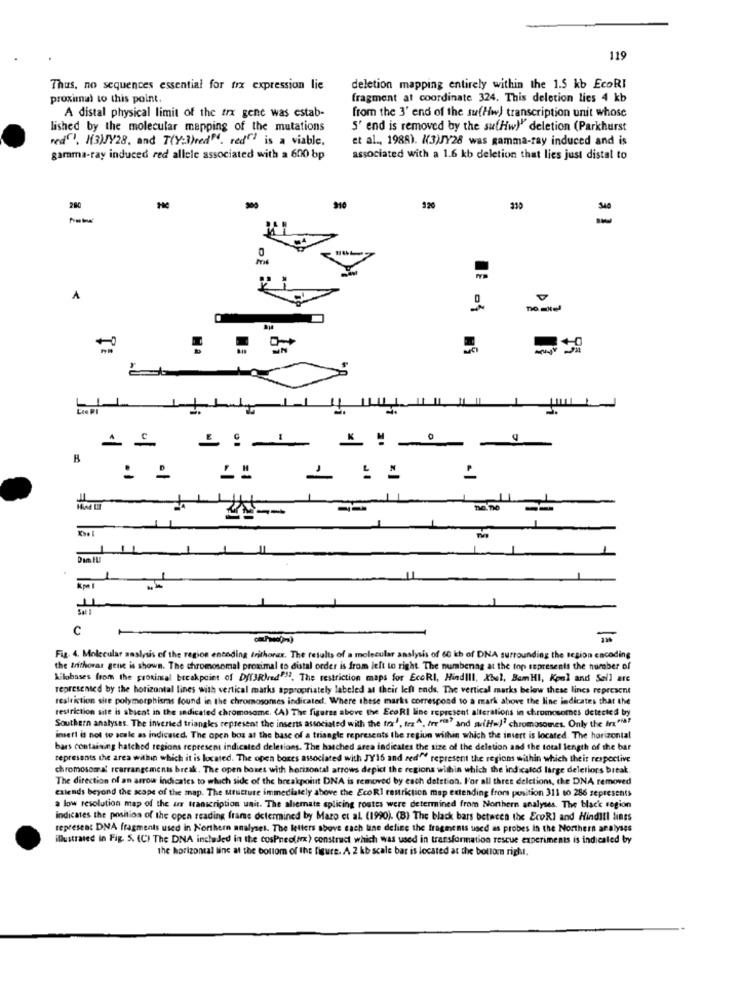
119
Thus, no sequences essential for trx expression lie
deletion mapping entirely within the 1.5 kb EcoRI
proximal to this point.
fragment at coordinate 324. This deletion lies 4 kb
from the 3' end of the su(Hw) transcription unit whose
A distal physical limit of the trx gene was estab-
lished by the molecular mapping of the mutations
5' end is removed by the sufHw)" deletion (Parkhurst
red""', H(3)JY28, and T(Y:3)red". red""" is a viable.
et al ., 1988). K(3)JY28 was gamma-ray induced and is
gamma-ray induced red allele associated with a 600 bp
associated with a 1.6 kb deletion that lies just distal to
280
A
= =
11
C
Fig. 4. Molecular analysis of the region encoding trithorax. The results of a molecular analysis of 60 kb of DNA surrounding the tesion encoding
the trithoras gene is shown. The chromosomal proximal to distal order is from left to right The numbering at the top represents the number of
Kilobases from the proximal breakpoint of D/fJRMed"". The restriction maps for EcoRI, Hindill, Xbel, BemHI, Koal and Sell are
represented by the horizontal lines with vertical marks appropriately labeled at their left ends. The vertical marks below these lines represent
restriction site polymorphisras found in the chromosomes indicated. Where these marks correspond to a mark above the line indicates that the
restriction site is abient in the indicated chromosome. (A) The figures above the EcoRI line represent alterations in chromosomes detected by
Southern analyses. The inverted triangles represent the inserts associated with the tour', trz^, Irr"i" and suiH=J' chromosomes. Only the irx"fa?
insert is not to scale as indicated. The open boz at the base of a triangle represents the region within which the insert is located. The horizontal
bars containing hatched regions represent indicated deletions. The hatched area indicates the size of the deletion and the total length of the bar
represents the area within which it is located. The open bores associated with JY16 and red"" represent the regions within which their respective
chromosomal rearrangements break. The open boxes with horizontal arrows depict the regions within which the indicated large deletions break
The direction of an arrow indicates to which side of the breakpoint DNA is removed by each deletion. For all three delctions, the DNA removed
extends beyond the scope of the map. The uructure immediately above the EcoRI restriction map extending from position 311 to 286 represents
a low resolution map of the us transcription unit. The aliemate splicing routes were determined from Northern analyses. The back region
indicates the position of the open reading frams determined by Maro et al. (1990). (B) The black bars betacea the EcoRl and Hinditl lints
represent DNA fragments used in Northern analyses. The letters above each line define the fragments used as probes in the Northern analyses
illustrated in Fig. 5. (C) The DNA included in the cosPneoffex) construct which was used in transformation rescue experiments is indicated by
the horizontal line at the bottom of the figure. A 2 kb scale bar is located at the bottom right.